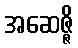
အဆေဇ္ဇိ